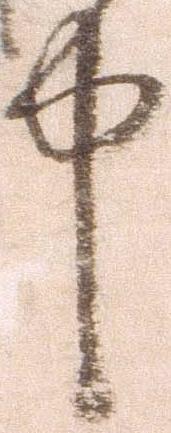
中